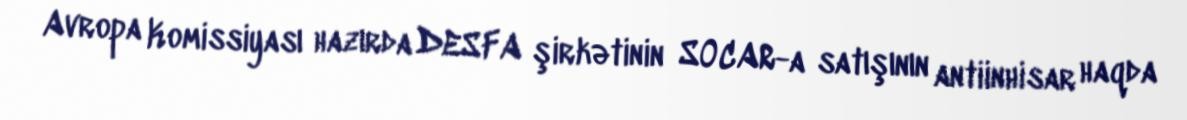
Avropa Komissiyası hazırda DESFA şirkətinin SOCAR-a satışının antiinhisar haqda